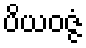
ပိယဝဇ္ဇံ